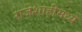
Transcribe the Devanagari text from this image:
राजेशाहीमध्ये